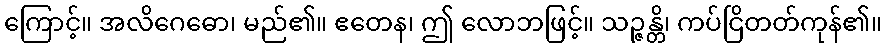
ကြောင့်။ အလိဂေဓော၊ မည်၏။ ဧတေန၊ ဤ လောဘဖြင့်။ သဉ္ဇန္တိ၊ ကပ်ငြိတတ်ကုန်၏။